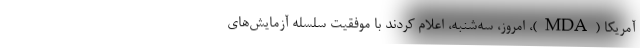
آمریکا (MDA)، امروز، سه‌شنبه، اعلام کردند با موفقیت سلسله آزمایش‌های